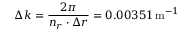
\Delta k = \frac { 2 \pi } { n _ { r } \cdot \Delta r } = 0 . 0 0 3 5 1 \, \mathrm { m } ^ { - 1 }